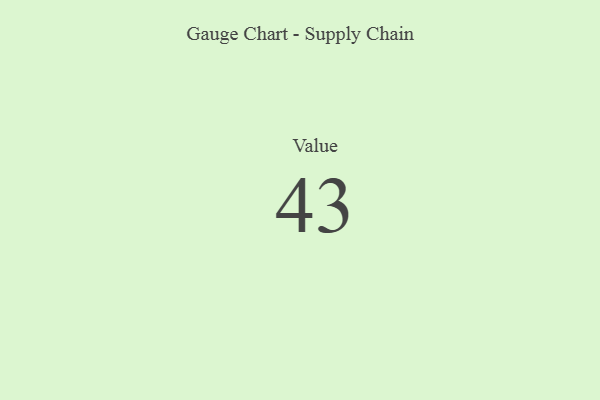
{"axis": {"x": "Metric", "y": "Value"}, "legend": [""], "data": [{"x": "Value", "y": 43, "type": ""}]}